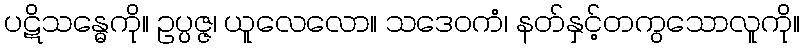
ပဋိသန္ဓေကို။ ဥပ္ပဇ္ဇ၊ ယူလေလော။ သဒေဝကံ၊ နတ်နှင့်တကွသောလူကို။